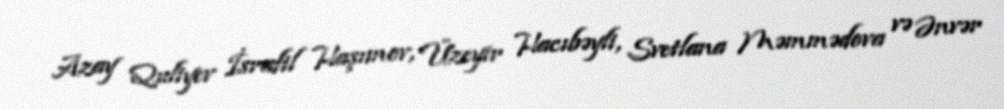
Azay Quliyev İsrafil Haşımov, Üzeyir Hacıbəyli, Svetlana Məmmədova və Ənvər